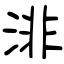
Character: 渄